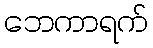
ဘေကာရက်